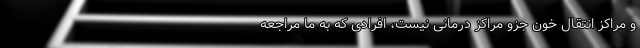
و مراکز انتقال خون جزو مراکز درمانی نیست، افرادی که به ما مراجعه